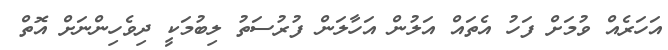
އަހަރެއް ވުމަށް ފަހު އެތައް އަލުން އަހާލަން ފުރުސަތު ލިބުމަކީ ދިވެހިންނަށް އޮތް